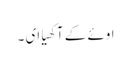
اوئے کے آکھیا ای ۔